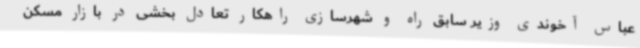
عباس آخوندی وزیر سابق راه و شهرسازی راهکار تعادل بخشی در بازار مسکن